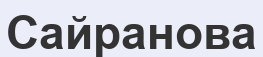
Сайранова